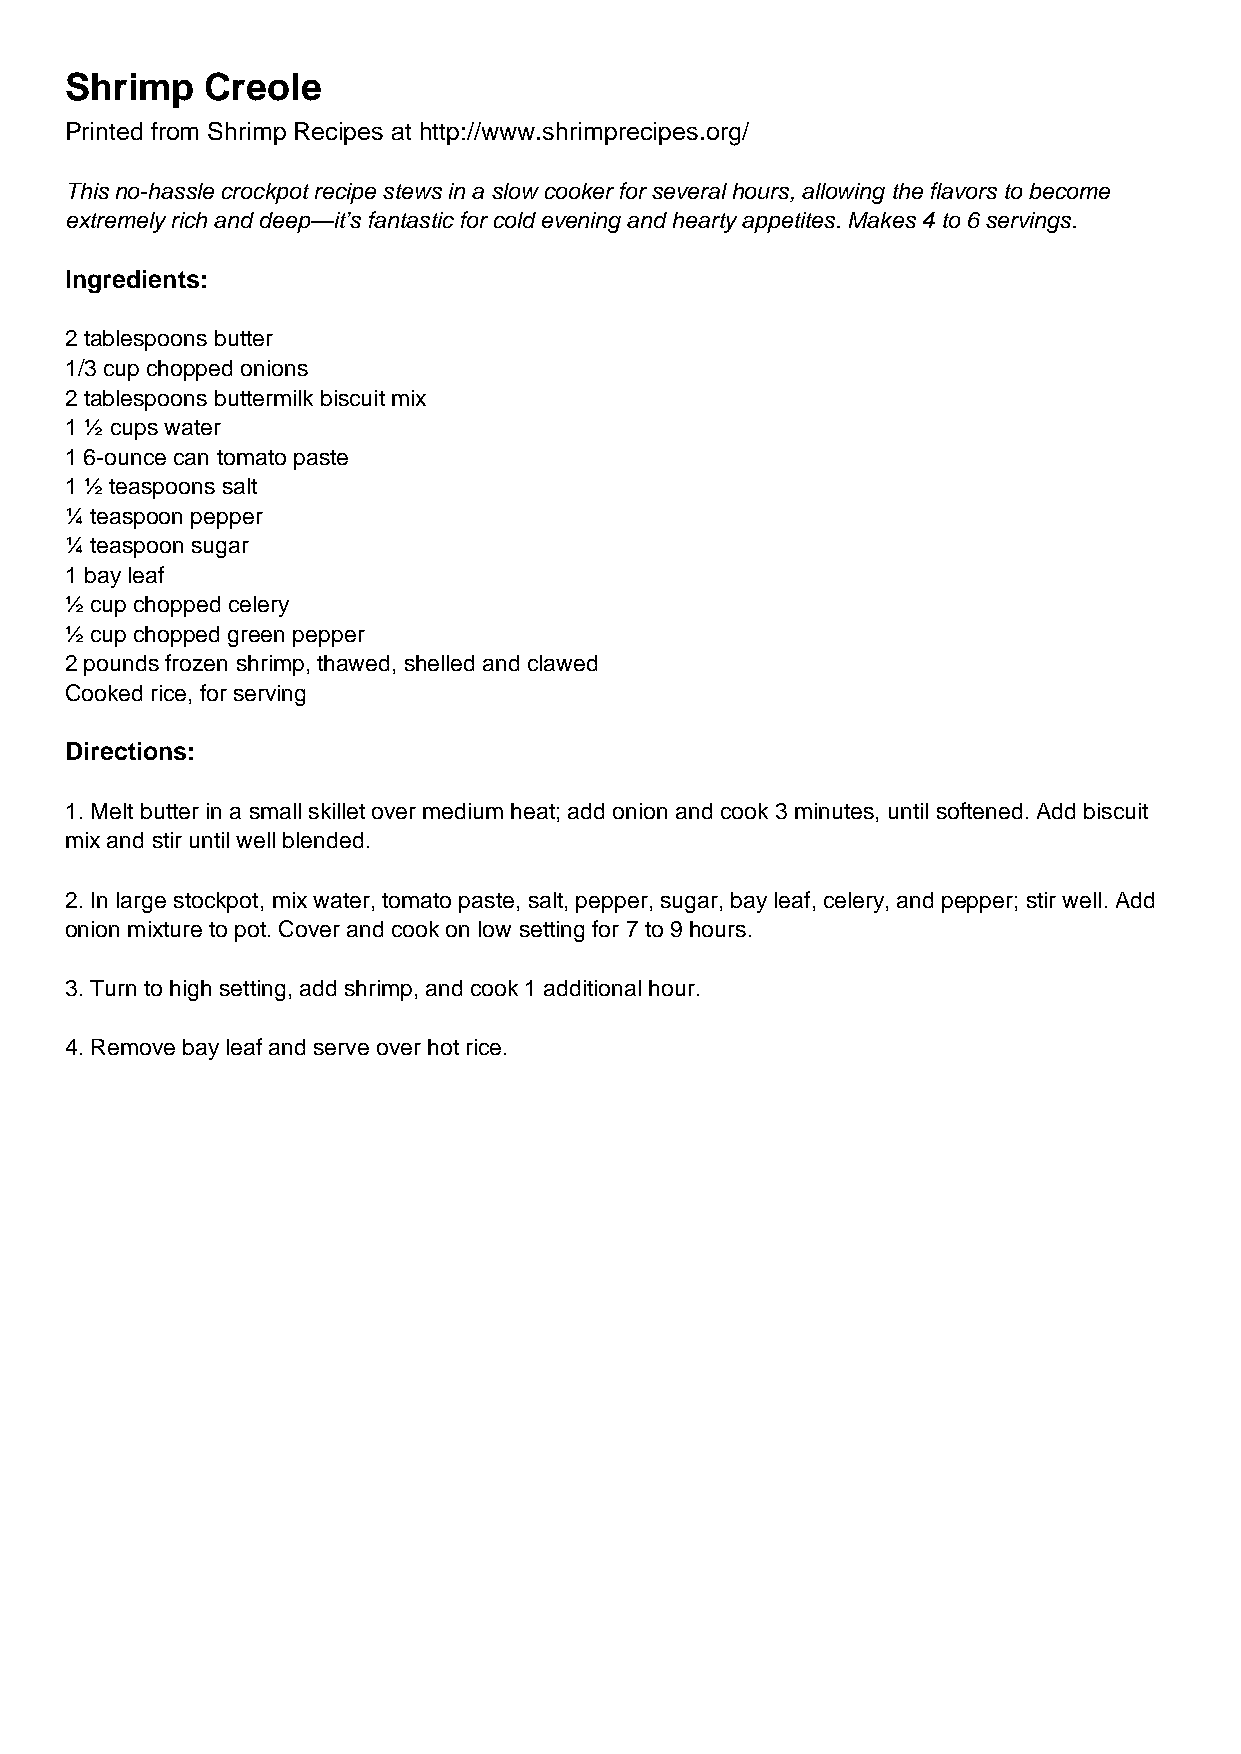
Shrimp    Creole
 Printed from Shrimp Recipes at http://www.shrimprecipes.org/
 This no-hassle crockpot recipe stews in a slow cooker for several hours, allowing the flavors to become
 extremely rich and deep—it’s fantastic for cold evening and hearty appetites. Makes 4 to 6 servings.
 Ingredients:
 2 tablespoons butter
 1/3 cup chopped onions
 2 tablespoons buttermilk biscuit mix
 1 ½ cups water
 1 6-ounce can tomato paste
 1 ½ teaspoons salt
 ¼ teaspoon pepper
 ¼ teaspoon sugar
 1 bay leaf
 ½ cup chopped celery
 ½ cup chopped green pepper
 2 pounds frozen shrimp, thawed, shelled and clawed
 Cooked rice, for serving
 Directions:
 1. Melt butter in a small skillet over medium heat; add onion and cook 3 minutes, until softened. Add biscuit
 mix and stir until well blended.
 2. In large stockpot, mix water, tomato paste, salt, pepper, sugar, bay leaf, celery, and pepper; stir well. Add
 onion mixture to pot. Cover and cook on low setting for 7 to 9 hours.
 3. Turn to high setting, add shrimp, and cook 1 additional hour.
 4. Remove bay leaf and serve over hot rice.